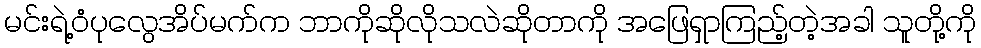
မင်းရဲ့ဝံပုလွေအိပ်မက်က ဘာကိုဆိုလိုသလဲဆိုတာကို အဖြေရှာကြည့်တဲ့အခါ သူတို့ကို